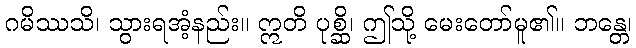
ဂမိဿသိ၊ သွားရအံ့နည်း။ ဣတိ ပုစ္ဆိ၊ ဤသို့ မေးတော်မူ၏။ ဘန္တေ၊